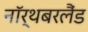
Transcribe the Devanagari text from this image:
नॉर्थबरलैंड